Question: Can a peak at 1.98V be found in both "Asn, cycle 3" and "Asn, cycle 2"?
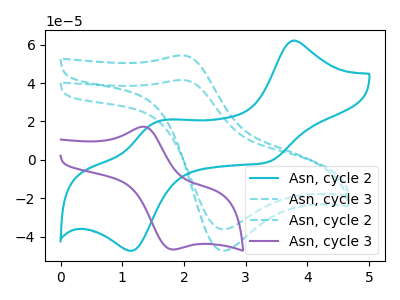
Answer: <think>The cyan curve "Asn, cycle 2" has anodic peaks at (3.75V, 62.10uA) (1.55V, 19.50uA) and cathodic peaks at (3.35V, -1.15uA) (1.15V, -47.35uA). The cyan dashed curve "Asn, cycle 3" has an anodic peak at (2.00V, 41.60uA) and a cathodic peak at (2.65V, -36.20uA). The cyan dashed curve "Asn, cycle 2" has an anodic peak at (2.00V, 54.40uA) and a cathodic peak at (2.65V, -47.35uA). The purple curve "Asn, cycle 3" has an anodic peak at (1.35V, 17.30uA) and a cathodic peak at (1.80V, -46.65uA).</think>
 <answer>Yes, "Asn, cycle 3" and "Asn, cycle 2" share a peak at 1.98V.</answer>
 <eval>match</eval>